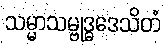
သမ္မာသမ္ဗုဒ္ဓဒေသိတံ